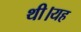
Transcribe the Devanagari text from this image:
थी।यह